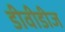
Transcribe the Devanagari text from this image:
डीवीडीज